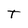
Character: T